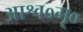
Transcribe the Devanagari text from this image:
आश्व०गृ०